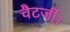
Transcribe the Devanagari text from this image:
चैटर्जी।